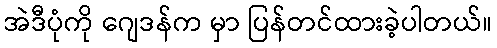
အဲဒီပုံကို ဂျေဒန်က မှာ ပြန်တင်ထားခဲ့ပါတယ်။